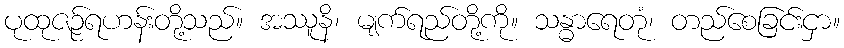
ပုထုဇဉ်ရဟန်းတို့သည်။ အဿူနိ၊ မျက်ရည်တို့ကို။ သန္ဓာရေတုံ၊ တည်စေခြင်းငှာ။